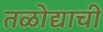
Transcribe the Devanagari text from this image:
तळोद्याची